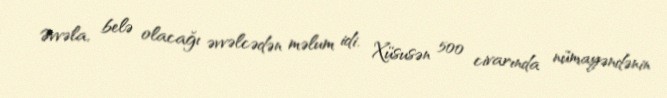
Əvvəla, belə olacağı əvvəlcədən məlum idi. Xüsusən 500 civarında nümayəndənin